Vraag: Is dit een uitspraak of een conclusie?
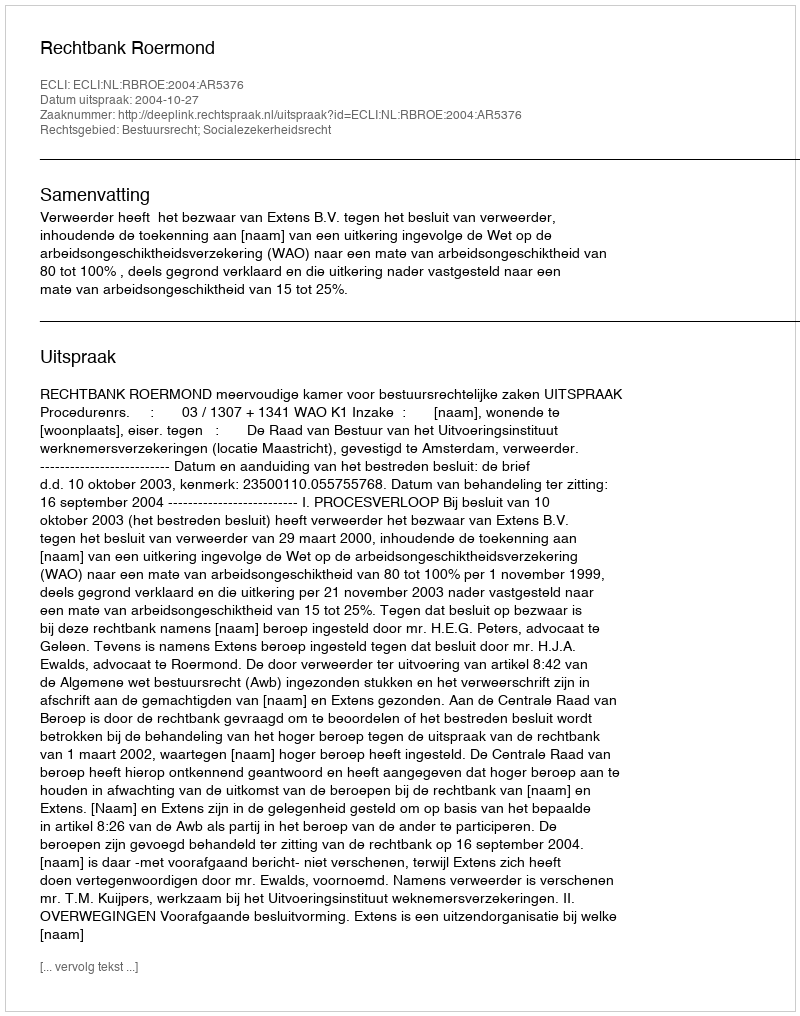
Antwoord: Uitspraak